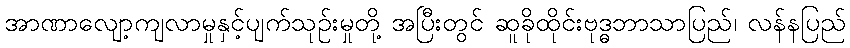
အာဏာလျော့ကျလာမှုနှင့်ပျက်သုဉ်းမှုတို့ အပြီးတွင် ဆူခိုထိုင်းဗုဒ္ဓဘာသာပြည်၊ လန်နပြည်